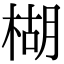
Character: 楜